Vaccination Hyderabad 1872-1889 - 1872-1889
Year: 1872
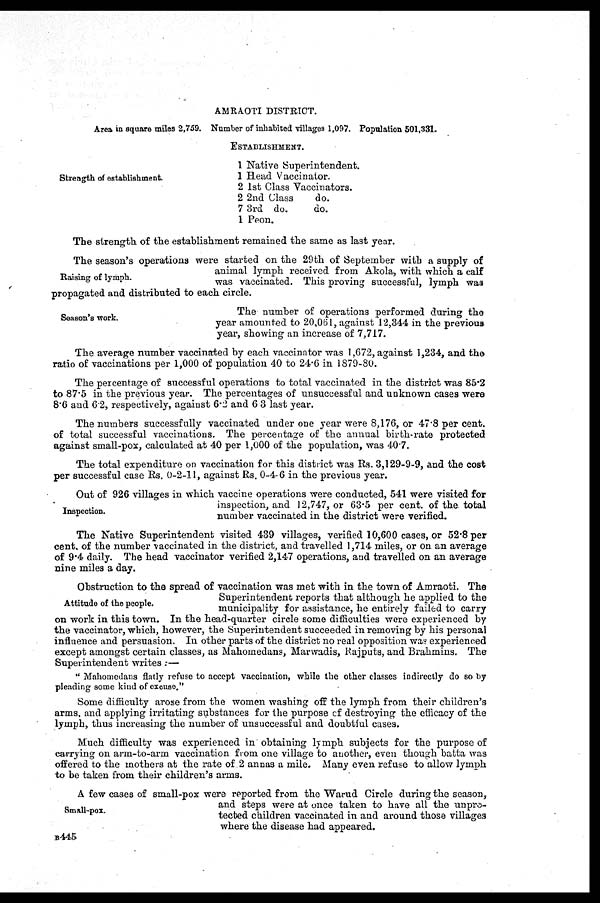
AMRAOTI DISTRICT.
Area in square miles 2,759. Number of inhabited villages 1,097. Population 501,331.
Strength of establishment.
ESTABLISHMENT.
1
1
2
2
7
1
Native Superintendent.
Head Vaccinator.
1st Class Vaccinators.
2nd Class
do.
3rd do.
do.
Peon.
The strength of the establishment remained the same as last year.
Raising of lymph.
The season's operations were started on the 29th of September with a supply of
animal lymph received from Akola, with which a calf
was vaccinated. This proving successful, lymph was
propagated and distributed to each circle.
Season's work.
The number of operations performed during the
year amounted to 20,061, against 12,344 in the previous
year, showing an increase of 7,717.
The average number vaccinated by each vaccinator was 1,672, against 1,234, and the
ratio of vaccinations per 1,000 of population 40 to 24.6 in 1879-80.
The percentage of successful operations to total vaccinated in the district was 85.2
to 87.5 in the previous year. The percentages of unsuccessful and unknown cases were
8.6 and 6.2, respectively, against 6.2 and 6 3 last year.
The numbers successfully vaccinated under one year were 8,176, or 47.8 per cent.
of total successful vaccinations. The percentage of the annual birth-rate protected
against small-pox, calculated at 40 per 1,000 of the population, was 40.7.
The total expenditure on vaccination for this district was Rs. 3,129-9-9, and the cost
per successful case Rs. 0-2-11, against Rs. 0-4-6 in the previous year.
Inspection.
Out of 926 villages in which vaccine operations were conducted, 541 were visited for
inspection, and 12,747, or 63.5 per cent. of the. total
number vaccinated in the district were verified.
The Native Superintendent visited 439 villages, verified 10,600 cases, or 52.8 per
cent. of the number vaccinated in the district, and travelled 1,714 miles, or on an average
of 9.4 daily. The head vaccinator verified 2,147 operations, and travelled on an average
nine miles a day.
Attitude of the people.
Obstruction to the spread of vaccination was met with in the town of Amraoti. The
Superintendent reports that although he applied to the
municipality for assistance, he entirely failed to carry
on work in this town. In the head-quarter circle some difficulties were experienced by
the vaccinator, which, however, the Superintendent succeeded in removing by his personal
influence and persuasion. In other parts of the district no real opposition was experienced
except amongst certain classes, as Mahomedans, Marwadis, Rajputs, and Brahmins. The
Superintendent writes:—
" Mahomedans flatly refuse to accept vaccination, while the other classes indirectly do so by
pleading some kind of excuse."
Some difficulty arose from the women washing off the lymph from their children's
arms, and applying irritating substances for the purpose of destroying the efficacy of the
lymph, thus increasing the number of unsuccessful and doubtful cases.
Much difficulty was experienced in obtaining lymph subjects for the purpose of
carrying on arm-to-arm vaccination from one village to another, even though batta was
offered to the mothers at the rate of 2 annas a mile. Many even refuse to allow lymph
to be taken from their children's arms.
Small-pox.
A few cases of small-pox were reported from the Warud Circle during the season,
and steps were at once taken to have all the unpro-
tected children vaccinated in and around those villages
where the disease had appeared.
B445